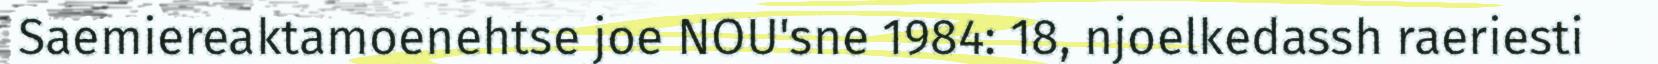
Saemiereaktamoenehtse joe NOU'sne 1984: 18, njoelkedassh raeriesti